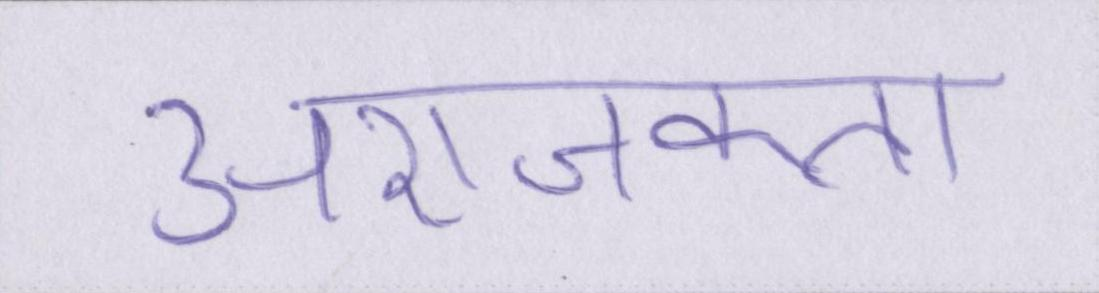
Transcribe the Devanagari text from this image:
अराजकता